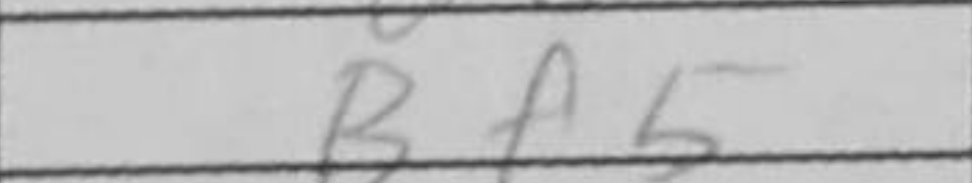
Transcription: Bf5